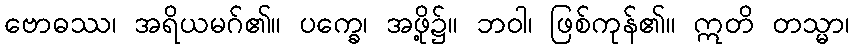
ဗောဓဿ၊ အရိယမဂ်၏။ ပက္ခေ၊ အဖို့၌။ ဘဝါ၊ ဖြစ်ကုန်၏။ ဣတိ တသ္မာ၊